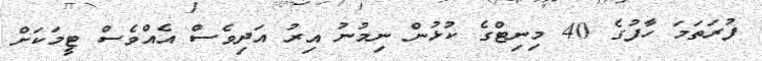
ފުރަތަމަ ހާފުގެ 40 މިނިޓްގެ ކުޅުން ނިމުނު އިރު އަދިވެސް އެއްވެސް ޓީމަކަށް